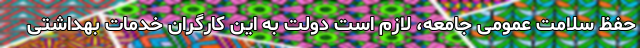
حفظ سلامت عمومی جامعه، لازم است دولت به این کارگران خدمات بهداشتی